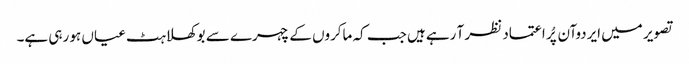
تصویر میں ایردوآن پُر اعتماد نظر آ رہے ہیں جب کہ ماکروں کے چہرے سے بوکھلاہٹ عیاں ہو رہی ہے۔